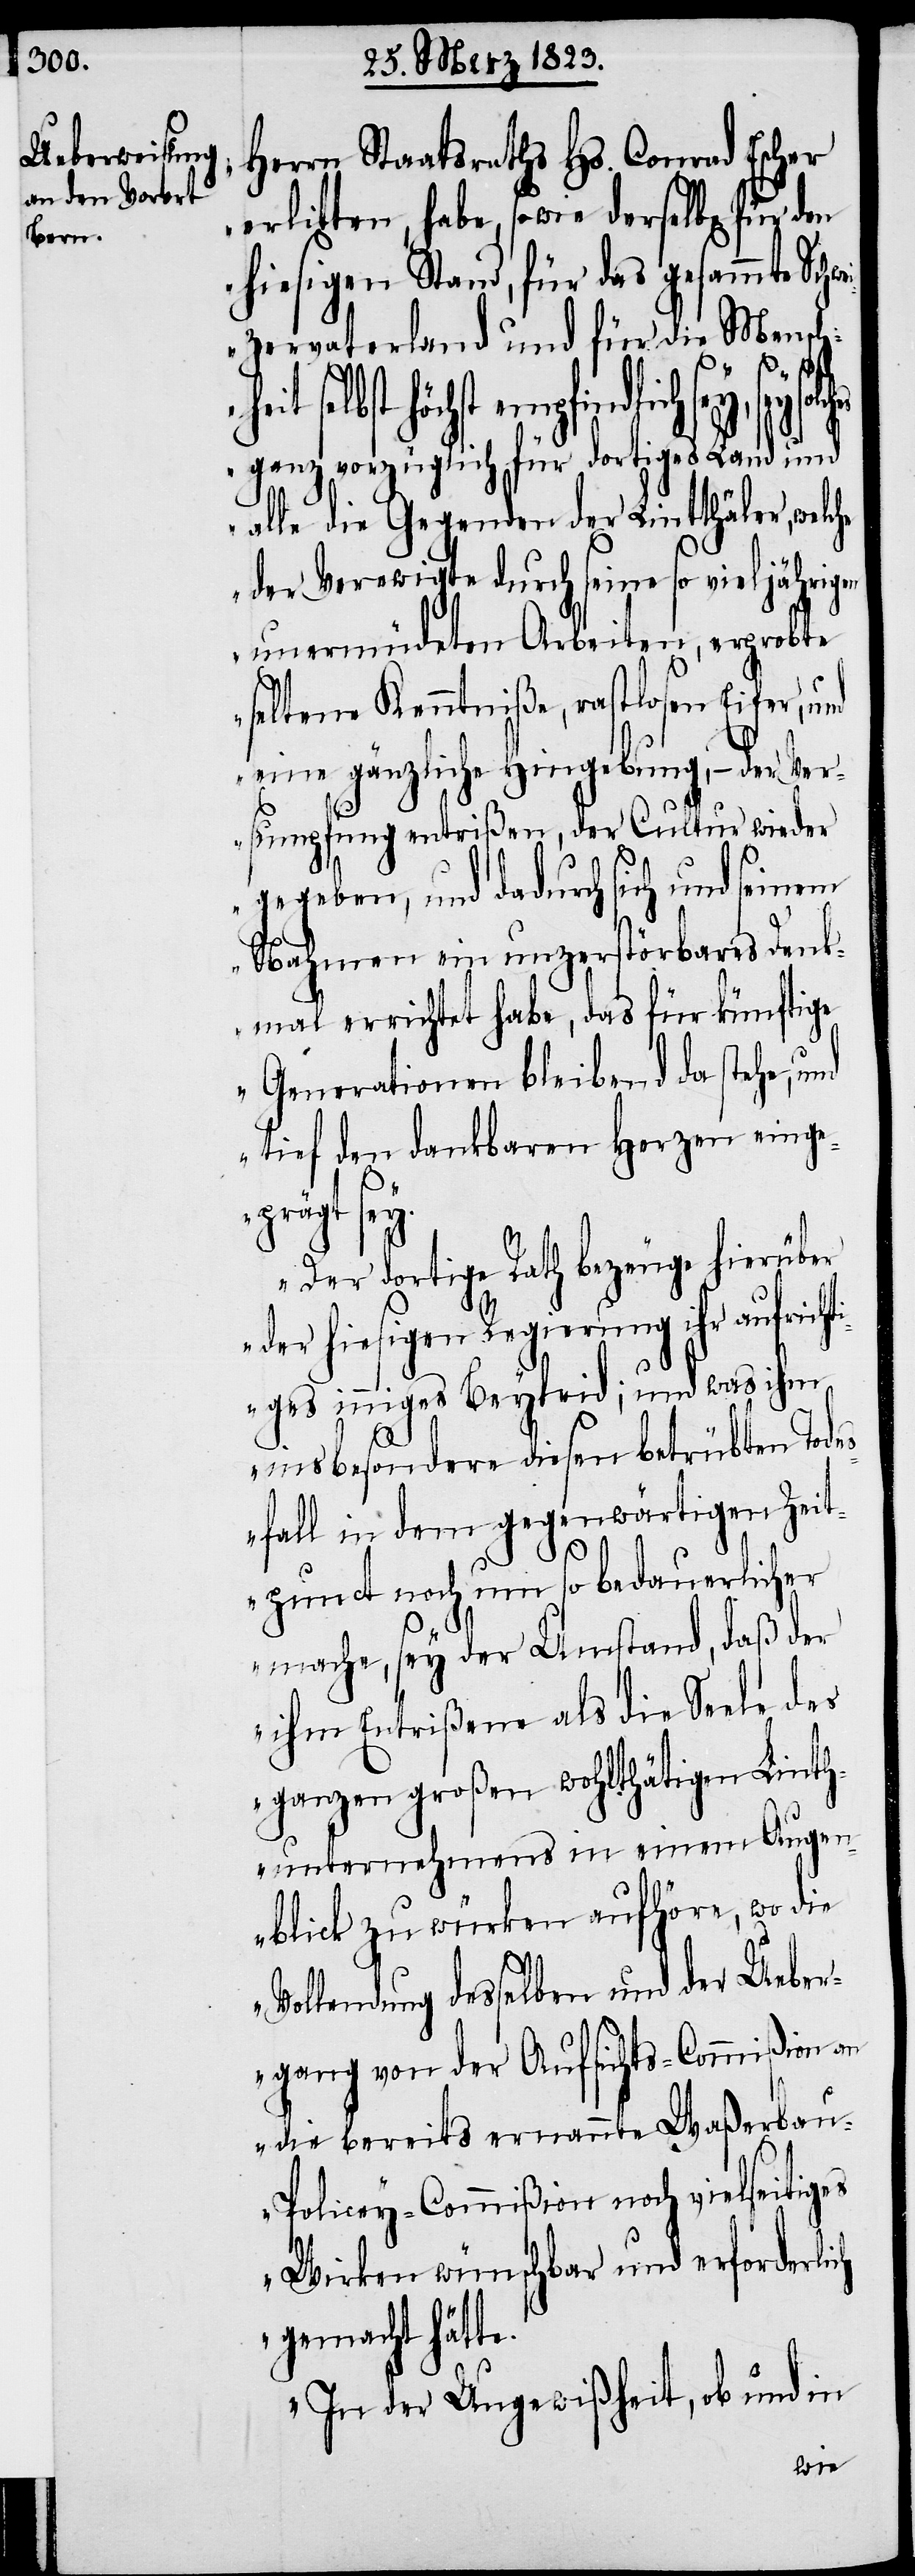
Herrn Staatsraths Hs. Conrad Escher
erlitten, habe, sowie derselbe für den
hiesigen Stand, für das gesammte Sch¬
zervaterland und für die Mensch¬
heit
selbst höchst empfindlich sey,
ganz vorzüglich für dortiges Land und
alle die Gegenden der Lintthäler, welc¬
der Verewigte durch seine so vieljährigen
unermüdeten Arbeiten, erprobte
seltene Kenntniße, rastlosen Eifer,
eine gänzliche Hingebung, – der Ver¬
sumpfung entrißen, der Cultur wieder
gegeben, und dadurch sich und seinem
Nahmen ein unzerstörbares Denk¬
mal errichtet habe, das für künftige
Generationen bleibend da stehe,
tief den dankbaren Herzen einge¬
prägt sey.
Der dortige Rath bezeuge hierüber
der hiesigen Regierung ihr aufricht¬
iges inniges Beyleid; und was ihm
insbesondere diesen betrübten Tode¬
sfall in dem gegenwärtigen Zeit¬
punct noch um so bedauerlicher
mache, sey der Umstand, daß der
ihm Entrißene als die Seele des
ganzen großen wohlthätigen Linth¬
unternehmens in einem Augen¬
blick zu würken aufhöre, wo die
Vollendung desselben und der Ueber¬
gang von der Aufsichts-Commißion an
die bereits ernannte Waßerba¬
u-Policey-Commißion noch vielseitiges
Wirken wünschbar und erforderlich
gemacht hätte.
In der Ungewißheit, ob und in
he